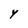
Character: Y